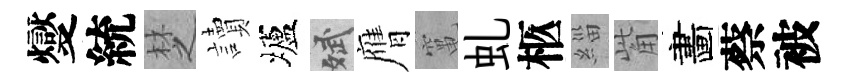
燮統椘讀壚斌膺𥧄虬柩緇觜畵蔡被